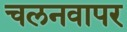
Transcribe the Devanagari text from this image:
चलनवापर